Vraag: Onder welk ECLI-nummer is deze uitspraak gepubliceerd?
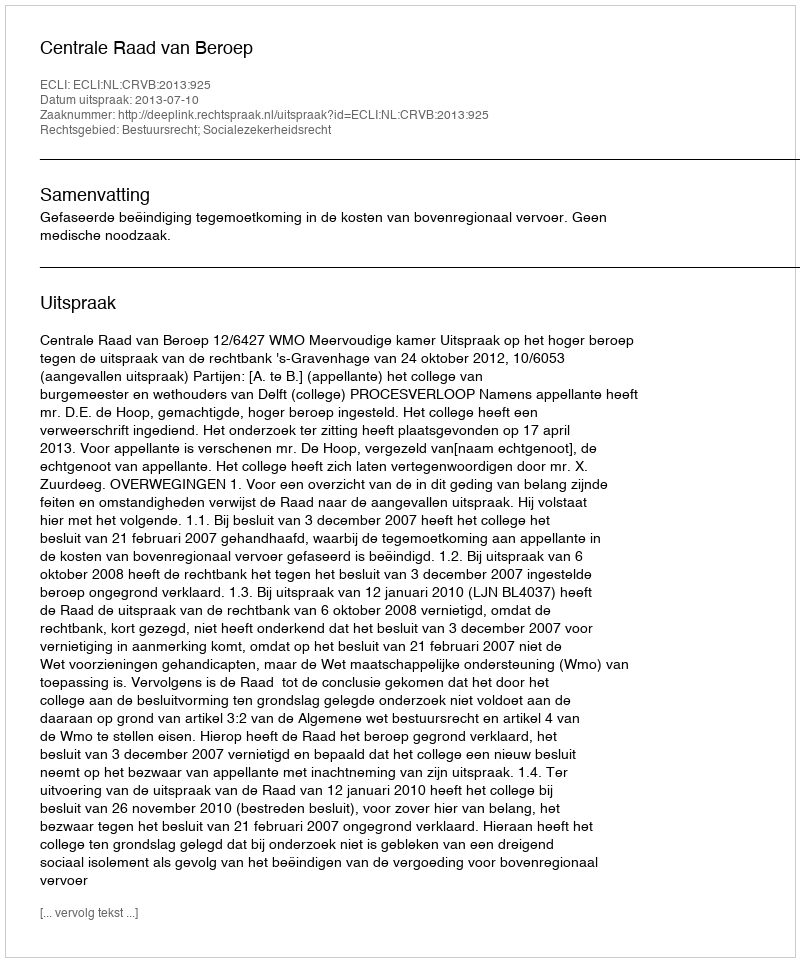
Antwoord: ECLI:NL:CRVB:2013:925